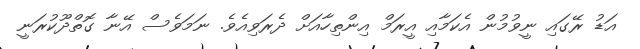
އަޑު ރޭގައި ނީވުމުން އެކަމާއި އީރަމް އިންތިހާއަށް ދެރަވިއެވެ. ނަމަވެސް އޭނާ ގޮތްދޫކުރަނީ